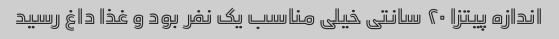
اندازه پیتزا ٢٠ سانتی خیلی مناسب یک نفر بود و غذا داغ رسید